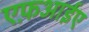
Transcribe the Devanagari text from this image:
एफ़आईए